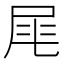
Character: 𡱕